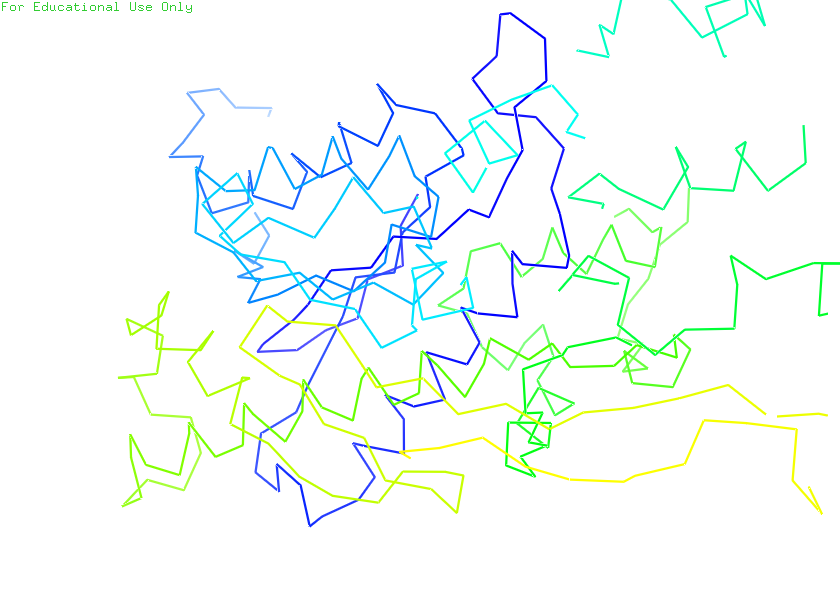
pymol, preset, ligands